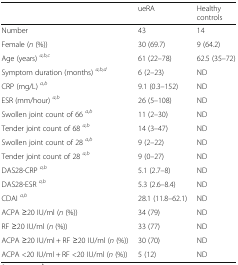
|  | ueRA | Healthy controls |
 | --- | --- | --- |
 | Number | 43 | 14 |
 | Female (n (%)) | 30 (69.7) | 9 (64.2) |
 | Age (years) a,b,c | 61 (22–78) | 62.5 (35–72) |
 | Symptom duration (months) a,b,d | 6 (2–23) | ND |
 | CRP (mg/L) a,b | 9.1 (0.3–152) | ND |
 | ESR (mm/hour) a,b | 26 (5–108) | ND |
 | Swollen joint count of 66 a,b | 11 (2–30) | ND |
 | Tender joint count of 68 a,b | 14 (3–47) | ND |
 | Swollen joint count of 28 a,b | 9 (2–22) | ND |
 | Tender joint count of 28 a,b | 9 (0–27) | ND |
 | DAS28-CRP a,b | 5.1 (2.7–8) | ND |
 | DAS28-ESR a,b | 5.3 (2.6–8.4) | ND |
 | CDAI a,b | 28.1 (11.8–62.1) | ND |
 | ACPA ≥20 IU/ml (n (%)) | 34 (79) | ND |
 | RF ≥20 IU/ml (n (%)) | 33 (77) | ND |
 | ACPA ≥20 IU/ml + RF ≥20 IU/ml (n (%)) | 30 (70) | ND |
 | ACPA <20 IU/ml + RF <20 IU/ml (n (%)) | 5 (12) | ND |